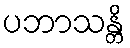
ပဘာသန္တိ